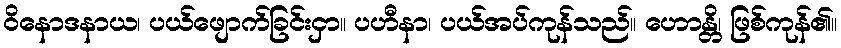
ဝိနောဒနာယ၊ ပယ်ဖျောက်ခြင်းငှာ။ ပဟီနာ၊ ပယ်အပ်ကုန်သည်။ ဟောန္တိ၊ ဖြစ်ကုန်၏။